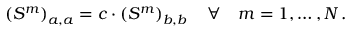
\left( S ^ { m } \right) _ { a , a } = c \cdot \left( S ^ { m } \right) _ { b , b } \quad \forall \quad m = 1 , \ldots { } , N \, .